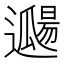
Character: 𨘖